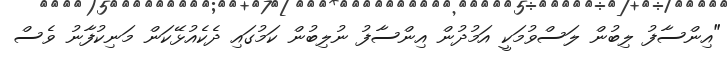
"އިންސާފު ލިބުން ލަސްވުމަކީ އަމުދުން އިންސާފު ނުލިބުން ކަމުގައި ދެކެއުޅޭކަން މަނިކުފާނު ވެސް